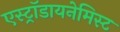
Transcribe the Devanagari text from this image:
एस्ट्राॅडायनेमिस्ट